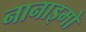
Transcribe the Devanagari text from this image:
नानाइमो